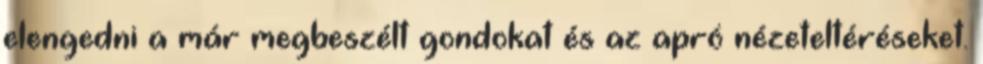
elengedni a már megbeszélt gondokat és az apró nézeteltéréseket.